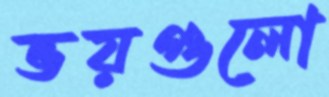
ভয়গুলো